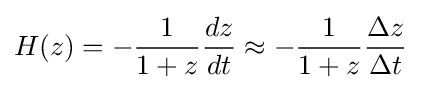
H(z)=-{\frac {1}{1+z}}{\frac {dz}{dt}}\approx -{\frac {1}{1+z}}{\frac {\Delta z}{\Delta t}}